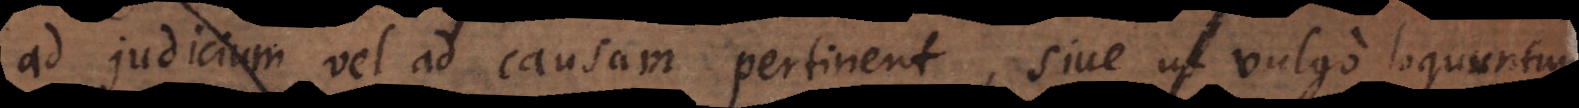
ad judicium vel ad causam pertinent, sive ut vulgo loquuntur